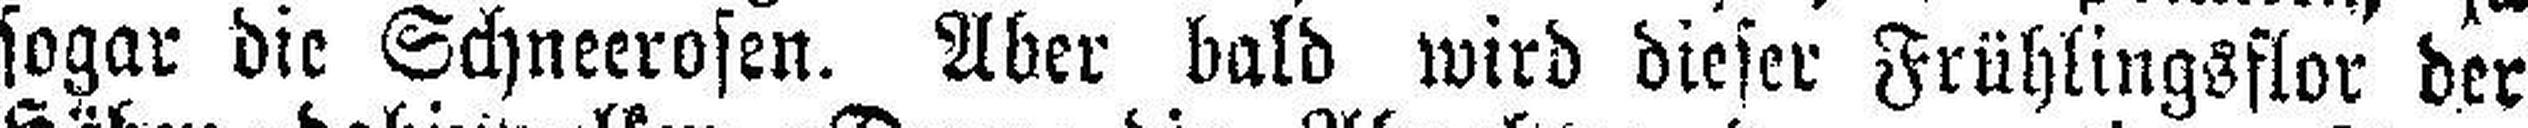
sogar die Schneerosen. Aber bald wird dieser Frühlingsflor der